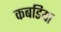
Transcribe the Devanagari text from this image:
कबडिया